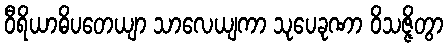
ဝီရိယာဓိပတေယျာ သာလေယျကာ သုပေခုဏာ ဝိသဇ္ဇိတွာ